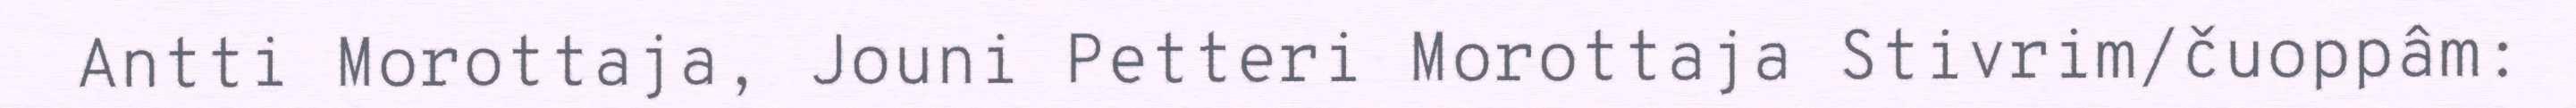
Antti Morottaja, Jouni Petteri Morottaja Stivrim/čuoppâm: